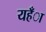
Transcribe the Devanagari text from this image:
यहँा